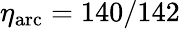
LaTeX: \eta_{\mathrm{arc}}=140/142